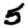
Digit: 5